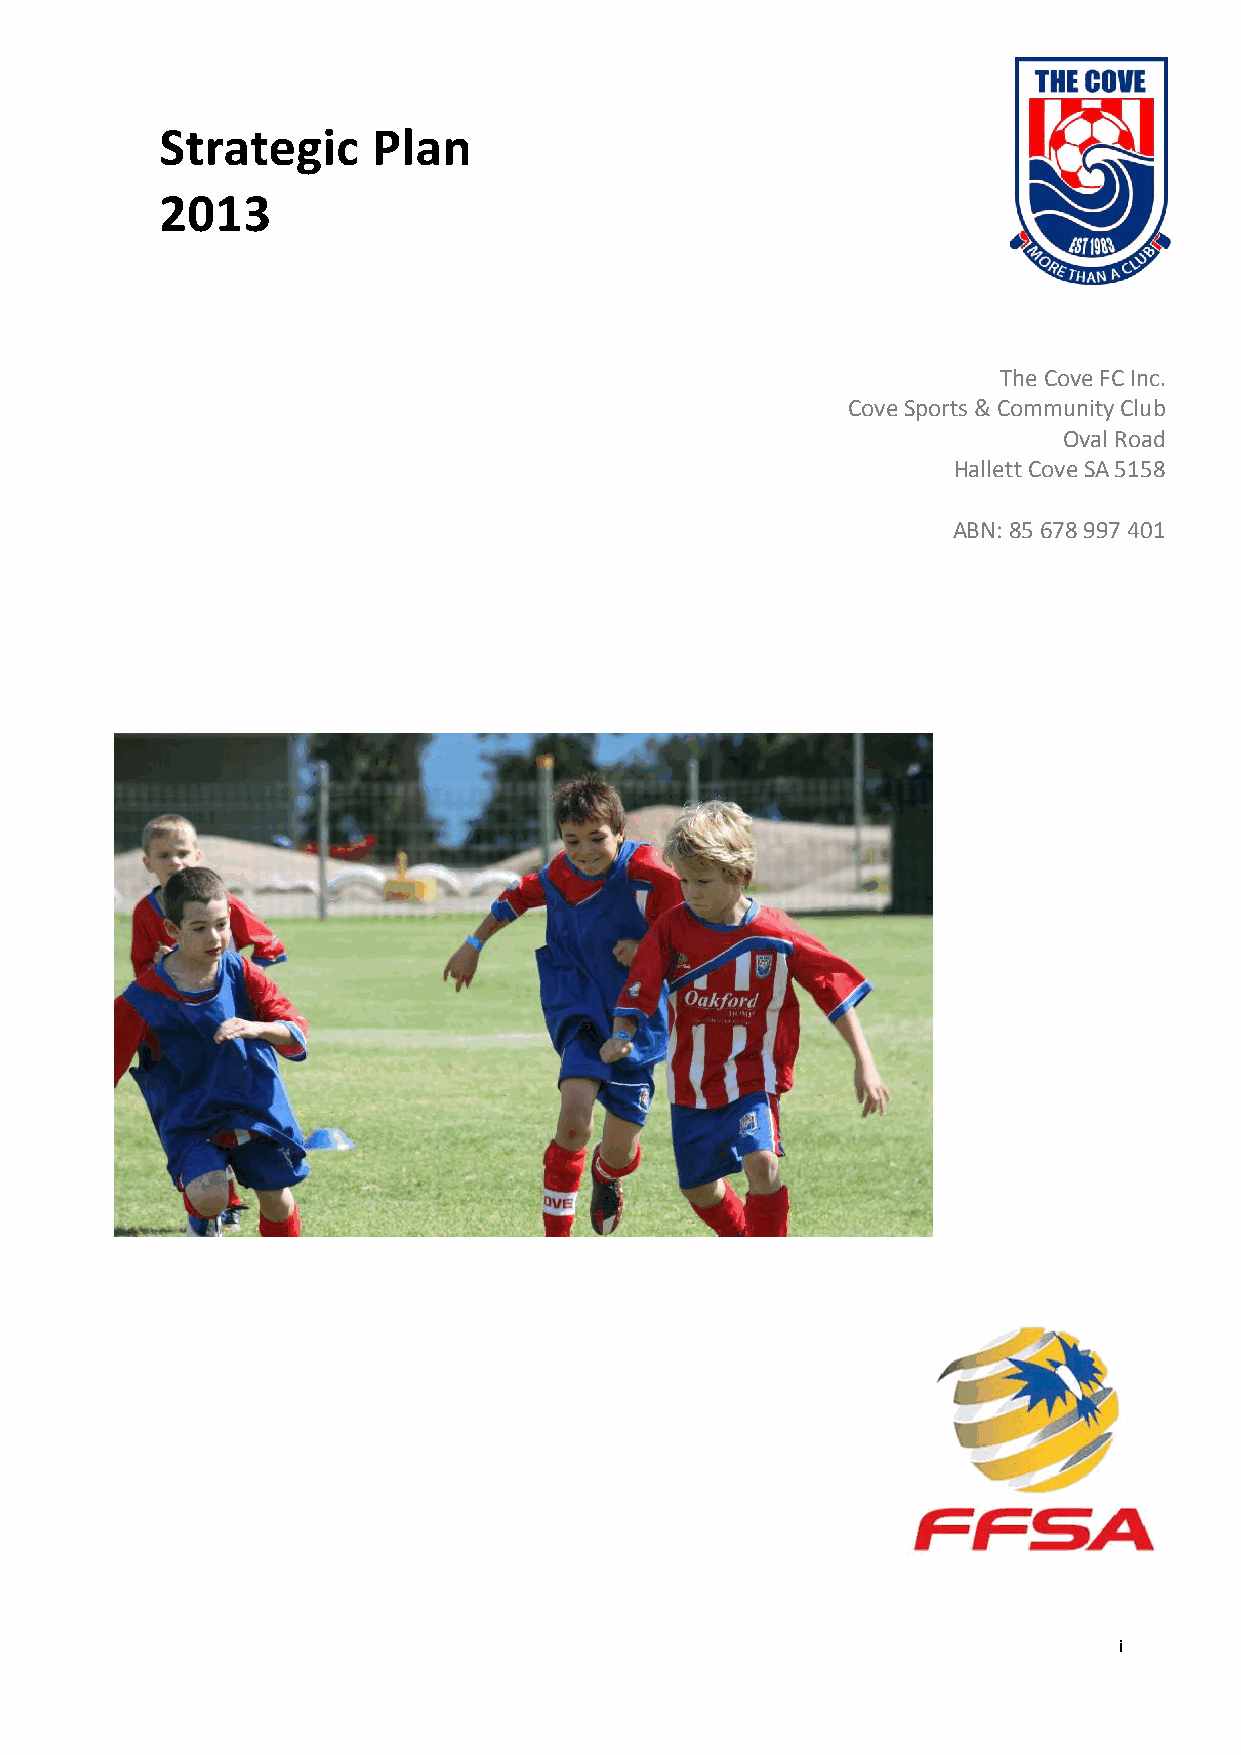
Strategic     Plan
 2013
 The Cove FC Inc.
 Cove Sports & Community Club
 Oval Road
 Hallett Cove SA 5158
 ABN: 85 678 997 401
 i